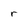
Character: r